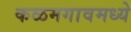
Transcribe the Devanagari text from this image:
कळमगावमध्ये